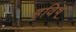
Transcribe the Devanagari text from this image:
हविष्